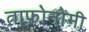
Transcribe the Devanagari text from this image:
ताफोनोमी